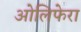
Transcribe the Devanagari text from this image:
ओलिफेरा